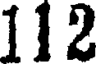
112